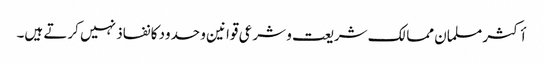
أکثر مسلمان ممالک شریعت و شرعی قوانین و حدود کا نفاذ نہیں کرتے ہیں۔